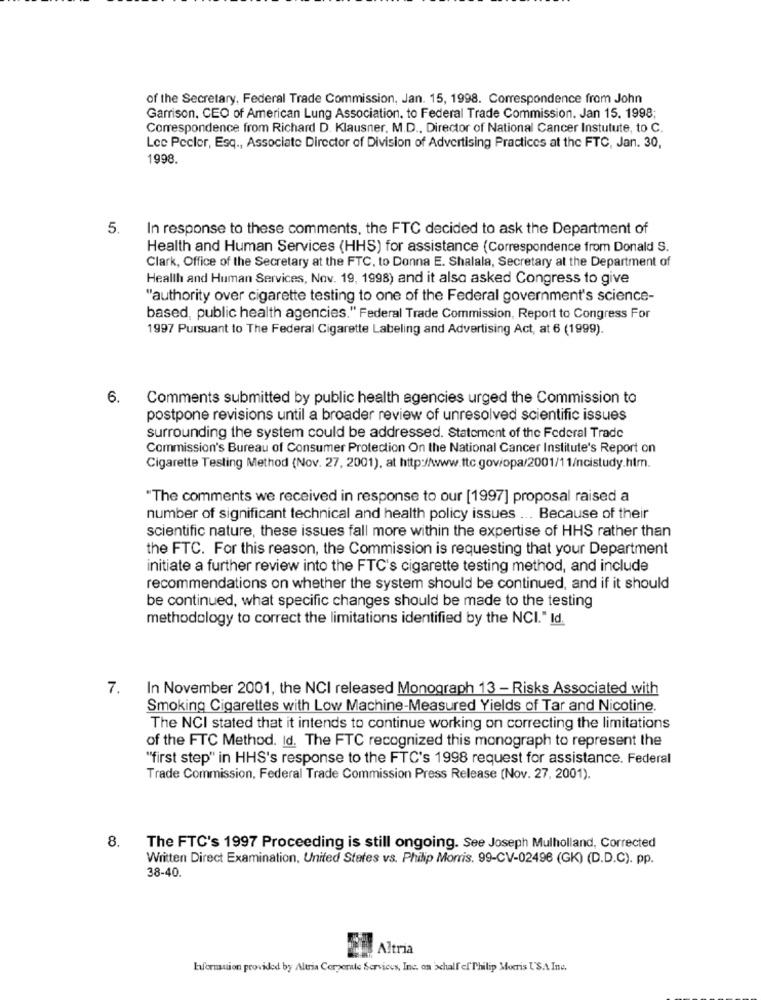
of the Secretary, Federal Trade Commission, Jan. 15, 1998. Correspondence from John
Garrison, CEO of American Lung Association, to Federal Trade Commission. Jan 15. 1998;
Correspondence from Richard D. Klausner. M.D ., Director of National Cancer Instutute, to C.
Lee Pecler, Esq ., Associate Director of Division of Advertising Practices at the FTC, Jan. 30,
1998.
5.
In response to these comments, the FTC decided to ask the Department of
Health and Human Services (HHS) for assistance (Correspondence from Donald S.
Clark, Office of the Secretary at the FTC, to Donna E. Shalala, Secretary at the Department of
Health and Human Services, Nov. 19, 1998) and it also asked Congress to give
"authority over cigarette testing to one of the Federal government's science-
based, public health agencies." Federal Trade Commission, Report to Congress For
1997 Pursuant to The Federal Cigarette Labeling and Advertising Act, at 6 (1999).
6.
Comments submitted by public health agencies urged the Commission to
postpone revisions until a broader review of unresolved scientific issues
surrounding the system could be addressed. Statement of the Federal Trade
Commission's Bureau of Consumer Protection On the National Cancer Institute's Report on
Cigarette Testing Method (Nov. 27, 2001), at http://www.ttc.gov/opa/2001/11/ncistudy.htm.
"The comments we received in response to our [1997] proposal raised a
number of significant technical and health policy issues ... Because of their
scientific nature, these issues fall more within the expertise of HHS rather than
the FTC. For this reason, the Commission is requesting that your Department
initiate a further review into the FTC's cigarette testing method, and include
recommendations on whether the system should be continued, and if it should
be continued, what specific changes should be made to the testing
methodology to correct the limitations identified by the NCI." Id.
7. In November 2001, the NCI released Monograph 13 - Risks Associated with
Smoking Cigarettes with Low Machine-Measured Yields of Tar and Nicotine.
The NCI stated that it intends to continue working on correcting the limitations
of the FTC Method. Id. The FTC recognized this monograph to represent the
"first step" in HHS's response to the FTC's 1998 request for assistance. Federal
Trade Commission, Federal Trade Commission Press Release (Nov. 27, 2001).
8.
The FTC's 1997 Proceeding is still ongoing. See Joseph Mulholland, Corrected
Written Direct Examination, United States vs. Philip Morris. 99-CV-02496 (GK) (D.D.C). pp.
38-40.
Altria
Euformuion provided by Altria Corporate Services, Inc. on schall ef Philip Morris USA Ine.